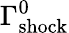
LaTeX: \Gamma_{\mathrm{shock}}^{0}